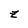
Character: z